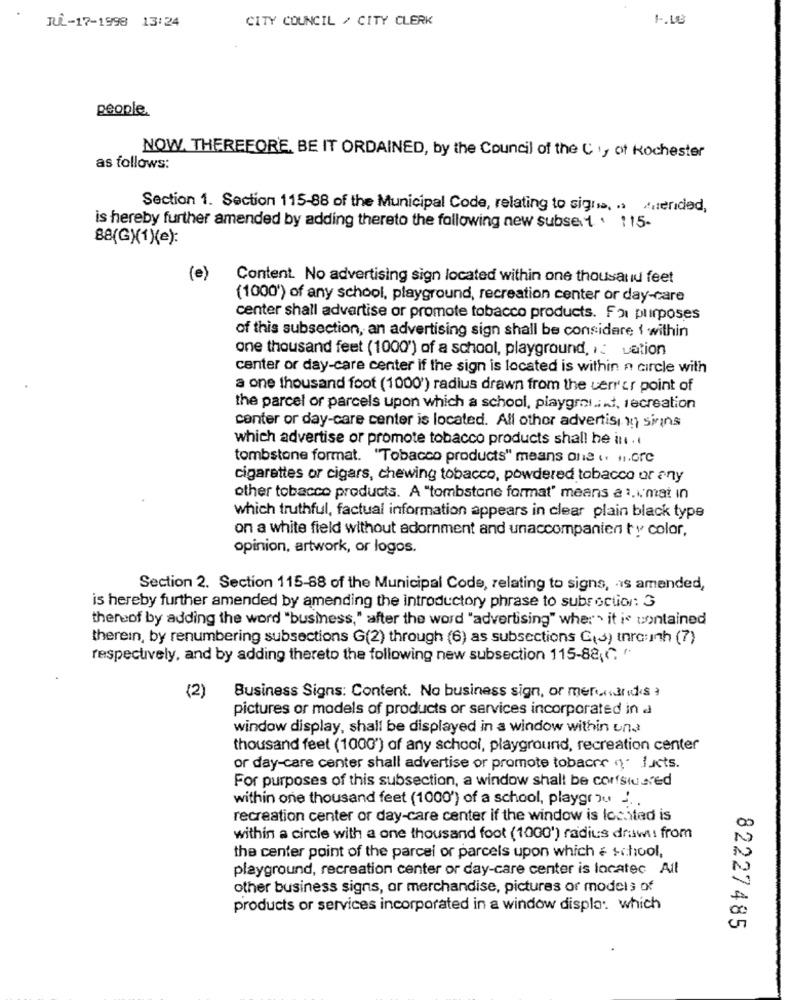
CITY COUNCIL / CITY CLERK
1.LE
JUL-17-1998 13:24
people
NOW. THEREFORE, BE IT ORDAINED, by the Council of the C ., of Rochester
as follows:
Section 1. Section 115-88 of the Municipal Code, relating to sigrsa, .. /ended,
is hereby further amended by adding thereto the following new subset . : 15.
88(G)(1)(e):
(e)
Content. No advertising sign located within one thousand feet
(1000') of any school, playground, recreation center or day-care
center shall advertise or promote tobacco products. F21 purposes
of this subsection, an advertising sign shall be considere I within
one thousand feet (1000") of a school, playground, ): Lation
center or day-care center if the sign is located is within a circle with
a one thousand foot (1000') radius drawn from the uerr'or point of
the parcel of parcels upon which a school, playground, recreation
center or day-care center is located. All other advertis ) signs
which advertise or promote tobacco products shall he in .
tombstone format. "Tobacco products" means one .. .. or℃
cigarettes or cigars, chewing tobacco, powdered tobacco or any
other tobacco products. A "tombstone format" means a 1.i. mat in
which truthful, factual information appears in clear plain black type
on a white field without adornment and unaccompanien ty color,
opinion, artwork, or logos.
Section 2. Section 115-88 of the Municipal Code, relating to signs, as amended,
is hereby further amended by amending the introductory phrase to subsection: 3
thereof by adding the word "business," after the word "advertising" wher"> it is contained
therein, by renumbering subsections G(2) through (6) as subsections C(J) thro:Inh (7)
respectively, and by adding thereto the following new subsection 115-88,℃
(2)
Business Signs: Content. No business sign, or merchandis ?
pictures or models of products or services incorporated in a
window display, shall be displayed in a window within und
thousand feet (1000") of any school, playground, recreation center
or day-care center shall advertise or promote tobacre q Jucts.
For purposes of this subsection, a window shall be corfstused
within one thousand feet (1000") of a school, playgro
recreation center or day-care center if the window is located is
within a circle with a one thousand foot (1000') radius draw: from
the center point of the parcel or parcels upon which = school,
playground, recreation center or day-care center is locatec All
other business signs, or merchandise, pictures or models of
products or services incorporated in a window displa: which
82227485